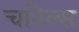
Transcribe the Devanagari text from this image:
चांनेल्स